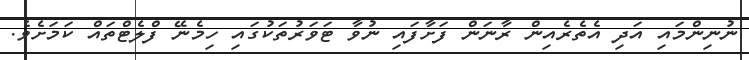
ނުނިންމައި އަދި އެތެރެއިން ރާނަން ފަށާފައި ނުވާ ޓަވަރުތަކުގައި ހިމެނޭ ފްލެޓްތައް ކަމަށެވެ.